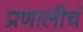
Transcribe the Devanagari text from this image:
प्रणालीचं